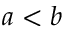
a < b